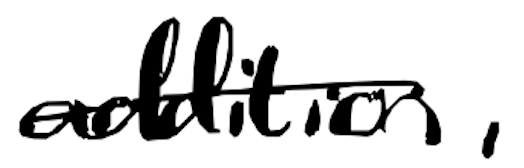
Text: addition,
Cross-out: single-line
Writing tool: digital_black